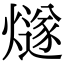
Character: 燧